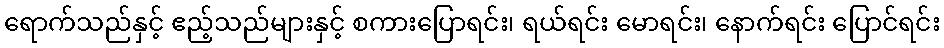
ရောက်သည်နှင့် ဧည့်သည်များနှင့် စကားပြောရင်း၊ ရယ်ရင်း မောရင်း၊ နောက်ရင်း ပြောင်ရင်း